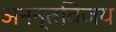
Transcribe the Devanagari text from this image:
अनन्तविजय